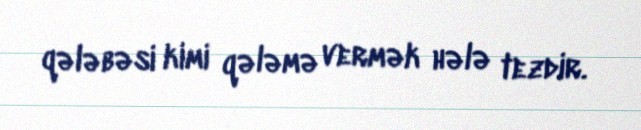
qələbəsi kimi qələmə vermək hələ tezdir.